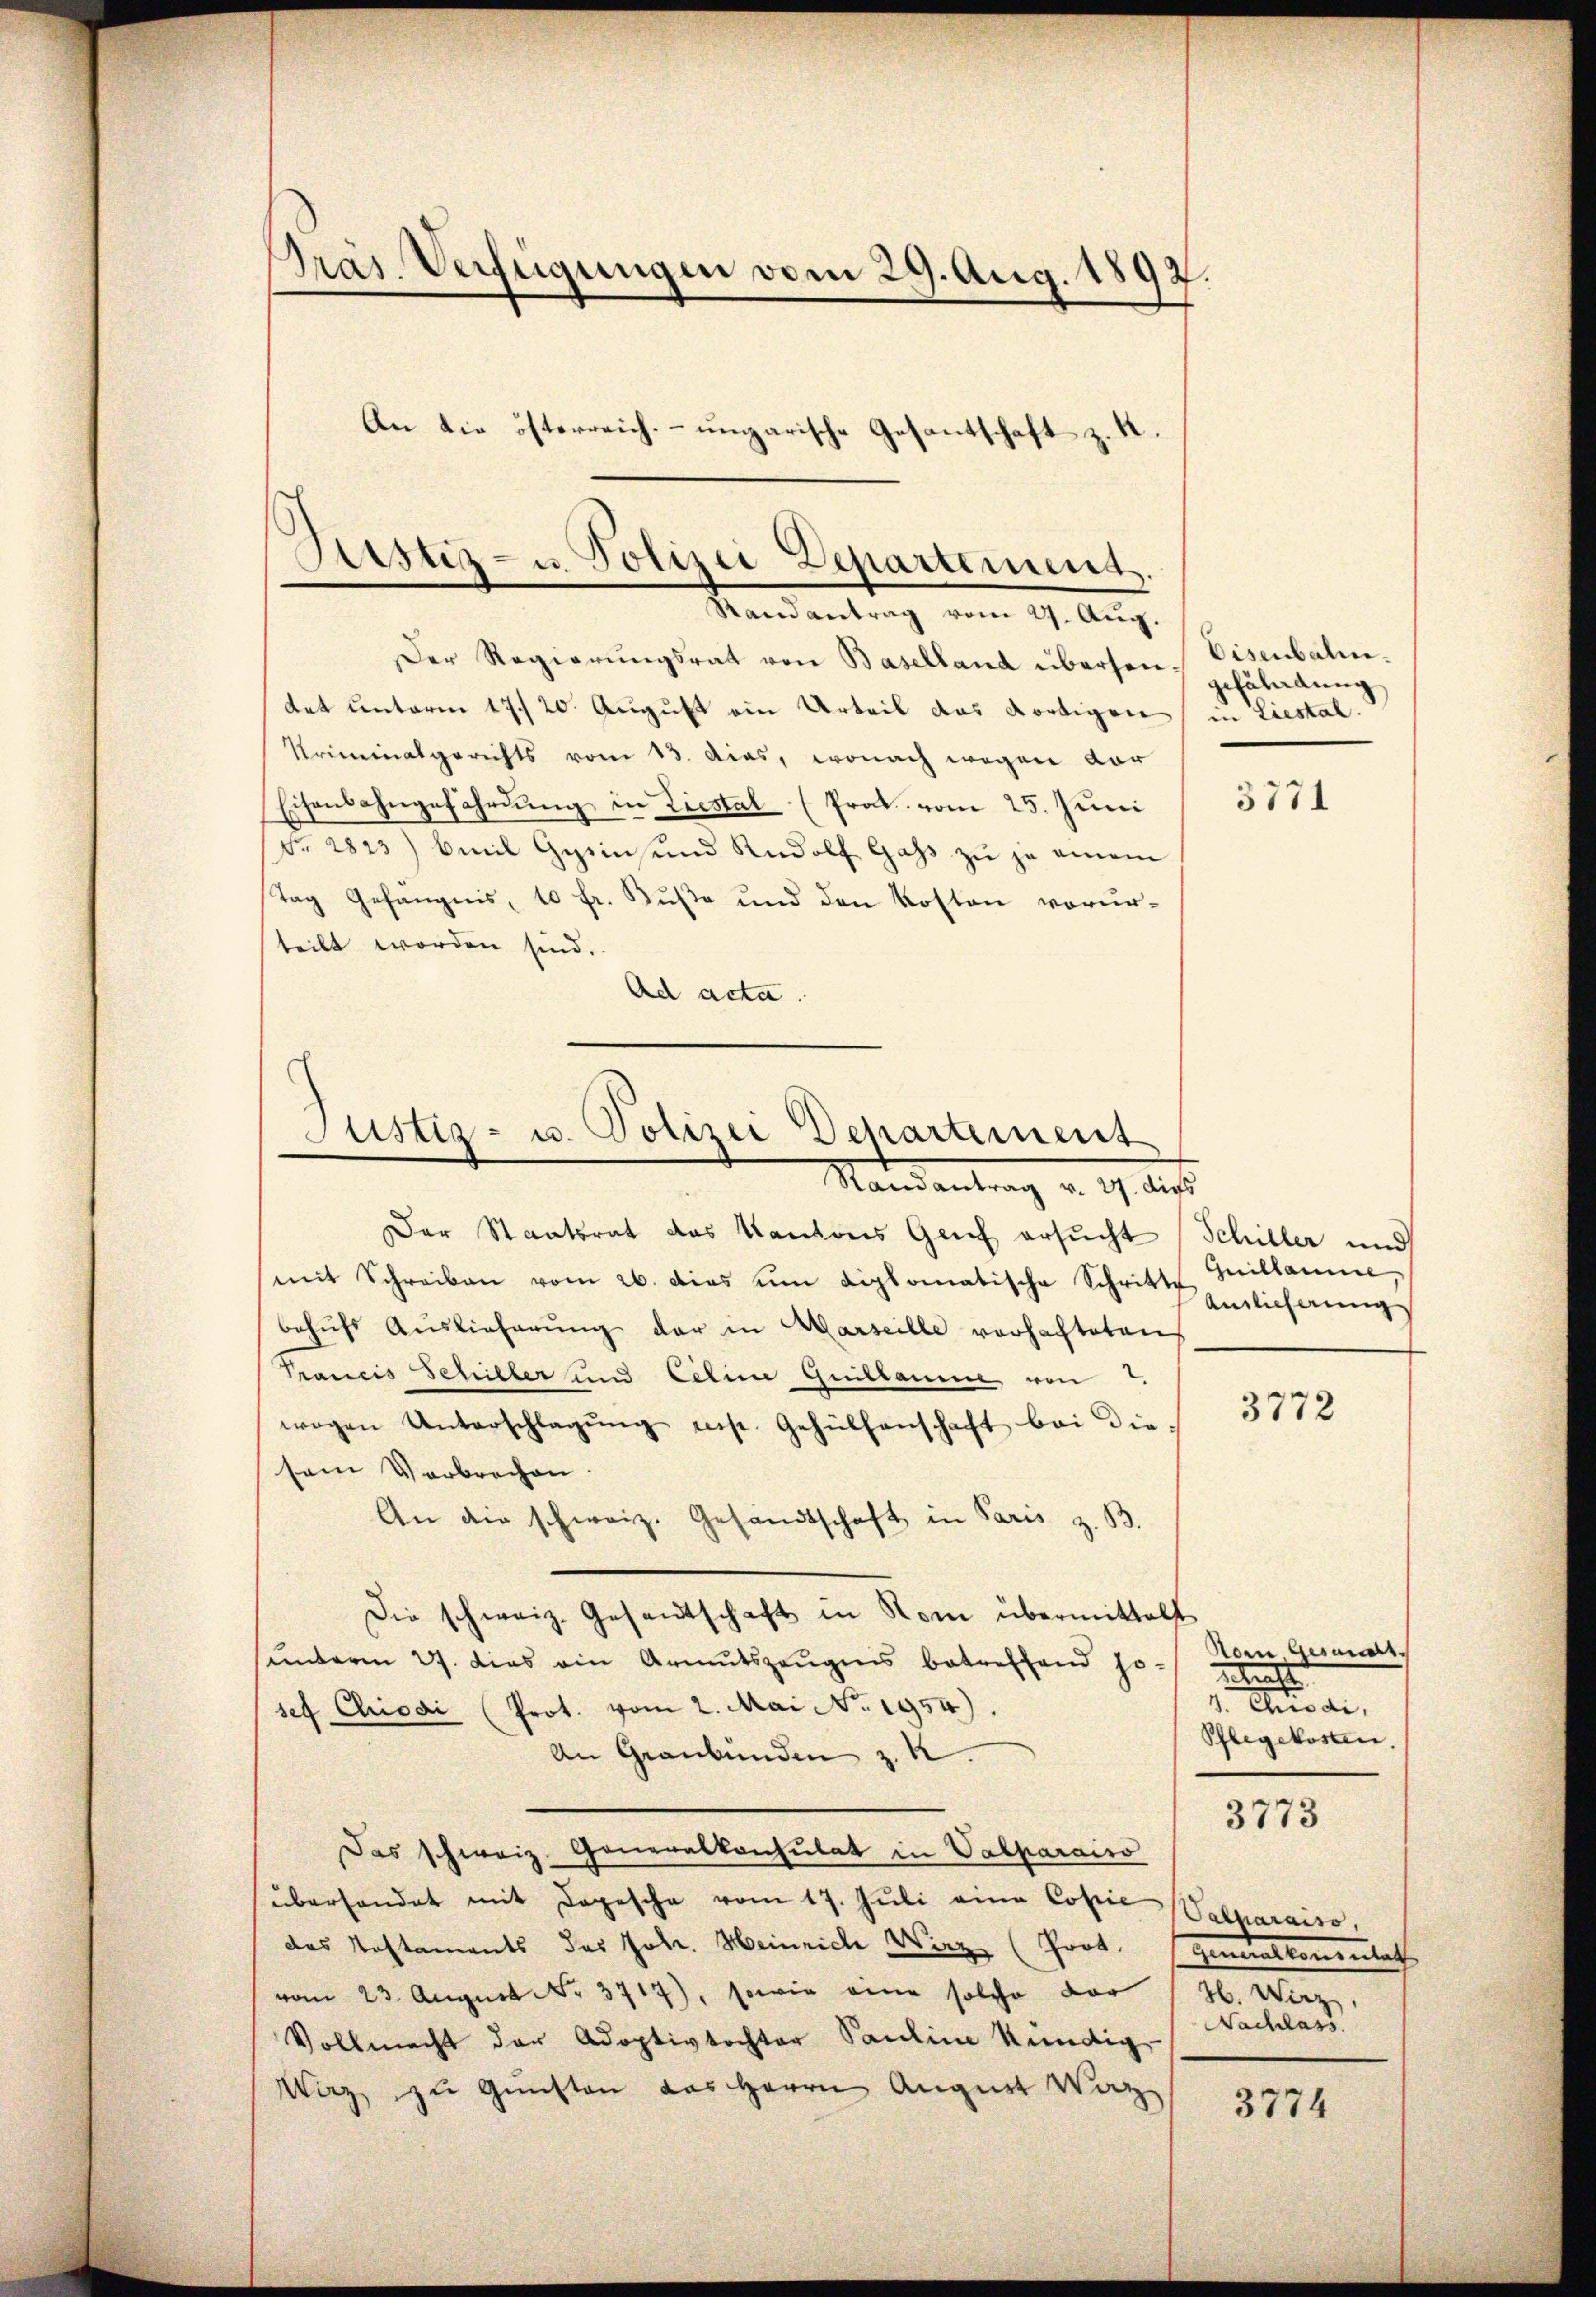
Präs. Verfügungen vom 29. Aug. 1892.
An die österreich. ungarische Gesantschaft z. K.

Sistiz- u. Polizei Departement.
Randantrag vom 27. Aug.

Der Regierŭngsrat von Baselland übersen. Visenbalmtet unterm 17./20. August ein Urteil das dortigen
Kriminalgerichts vom 13. das, wonach wegen vor
Eisenbahngefährdung in Liestal (Prok. vom 25. Juni
Nr. 2823) beil Gesinsund Rudolf Gass zu je einem
Tag Gefängnis, 10 fr. Buße und den Kosten vorurteilt worden sind.
Ad acta.

Justiz- u. Polizei Departement
Mandantrag d. 19. de

gefährdung
in Liestal.

Der Staatsrat das Kantons Genf ersucht (Schiller und
mit Schreiben vom 26. dies um diplomatische Schritte
behŭfs Auslieferŭng der in Marseille vorhachteten
Prancis Schiller und Celine Guillaume von 2.
wogen Unterschlagŭng nis. Gehülfenschaft bei die-
sein Verbrechen
An die schweiz. Gesandtschaft in Paris z. B.
Die schweiz. Gesandtschaft in Rom übermittelt
sunterm 27. dies ein Armutszeŭgnis betreffend so vom Gestatt
elricht
1. Aus de
sef Chrisai (Prot. vom 2. Mai No. 1954).
Pflegekosten.
An Graubünden z. R.
3773
Das schweiz. Generalkonsulat in Valparaiso
überhandet mit Depesche vom 17. Jŭli eine Copie (Salparaiso
das Kostaments des Joh. Heinrich Wirz (Prof. Generalkonsulat
vom 23. August No. 3717), sowie eine solche vor 12. Wirz,
Nachlass
Vollmacht der Adoptivtochter Pauline kündig
Wirz zu Gunsten das Herrn August Waz
3774

3771

Guillamme,
Anglicherung

3772